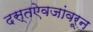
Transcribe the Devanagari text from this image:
दस्तऐवजांवरून